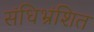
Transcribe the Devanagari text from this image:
संधिभ्रंशित